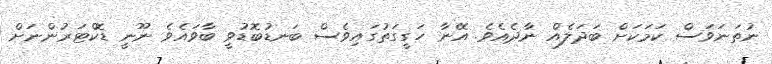
ނުތަނަވަސް ކަމަކަށް ބަދަލެއް ނާދެއެވެ. އޭނާ ހަގީގަތުގައިވެސް ބަނޑުބޮޑުވީ ބާވައެވެ ނޫނީ ޑޮކްޓަރުންނަށް